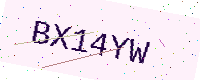
Text: BX14YW